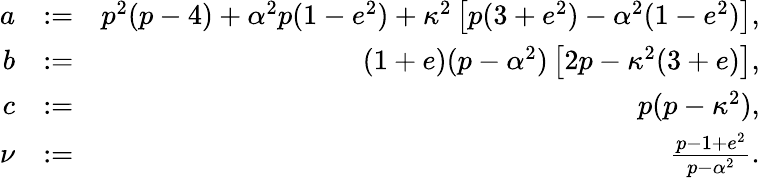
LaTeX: \begin{array}{rlr}{a}&{:=}&{p^{2}(p-4)+\alpha^{2}p(1-e^{2})+\kappa^{2}\left[p(3+e^{2})-\alpha^{2}(1-e^{2})\right],}\\ {b}&{:=}&{(1+e)(p-\alpha^{2})\left[2p-\kappa^{2}(3+e)\right],}\\ {c}&{:=}&{p(p-\kappa^{2}),}\\ {\nu}&{:=}&{\frac{p-1+e^{2}}{p-\alpha^{2}}.}\end{array}